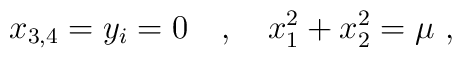
x_{3,4}=y_i=0\quad , \quad x_1^2 +x_2^2=\mu~,